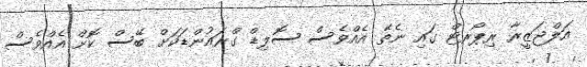
އަލްޖަޒީރާ ރިޕޯރޓް ގައި ނެތޭ އެއްވެސް ސޮލިޑް ގްރައުންޑަކަށް ބޭސް ކޮށް އެއްވެސް